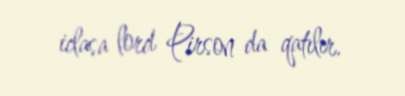
iclasa lord Pirson da qatılır.